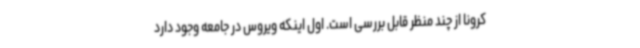
کرونا از چند منظر قابل بررسی است. اول اینکه ویروس در جامعه وجود دارد